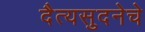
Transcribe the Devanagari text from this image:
दैत्यसुदनेचे